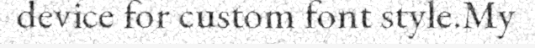
device for custom font style.My